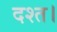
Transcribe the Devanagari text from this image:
दश्त।